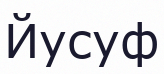
Йусуф